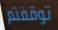
توقفتم